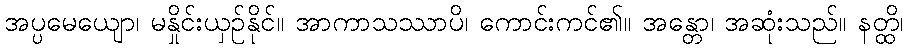
အပ္ပမေယျော၊ မနှိုင်းယှဉ်နိုင်။ အာကာသဿာပိ၊ ကောင်းကင်၏။ အန္တော၊ အဆုံးသည်။ နတ္ထိ၊